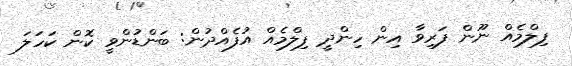
ފިލްމެއް ނޫން ފަރިވާ އިން ހިންދީ ފިލްމެއް އުފެއްދުން: ބަންޑުންވީ ކޮން ކަހަލަ